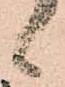
候